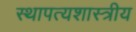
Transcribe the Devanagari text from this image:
स्थापत्यशास्त्रीय